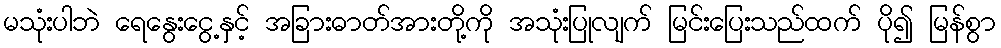
မသုံးပါဘဲ ရေနွေးငွေ့နှင့် အခြားဓာတ်အားတို့ကို အသုံးပြုလျက် မြင်းပြေးသည်ထက် ပို၍ မြန်စွာ